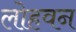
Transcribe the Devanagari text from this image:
लोहवन